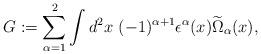
LaTeX: \begin{align*}G:=\sum^2_{\alpha=1}\int d^2x~(-1)^{\alpha+1}\epsilon^\alpha(x)\widetilde\Omega_\alpha(x),\end{align*}